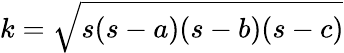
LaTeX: k={\sqrt{s(s-a)(s-b)(s-c)}}